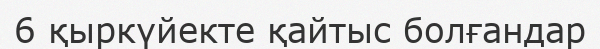
6 қыркүйекте қайтыс болғандар